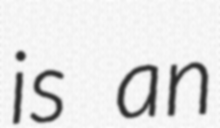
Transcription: is an